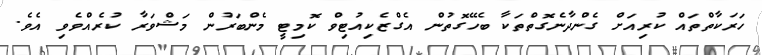
ހަރަކާތްތައް ކުރިއަށް ގެންދާނެގޮތްތަކާ ބެހޭގޮތުން އެގްޒެކިއުޓިވް ކޮމިޓީ މެންބަރުން މަޝްވަރާ ކުރެއްވެވި އެވެ.